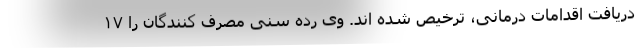
دریافت اقدامات درمانی، ترخیص شده اند. وی رده سنی مصرف کنندگان را ۱۷